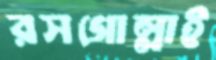
রসগোল্লাই